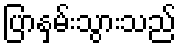
ပြာနှမ်းသွားသည်